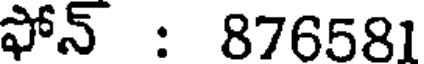
ఫోన్ : 876581